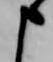
申